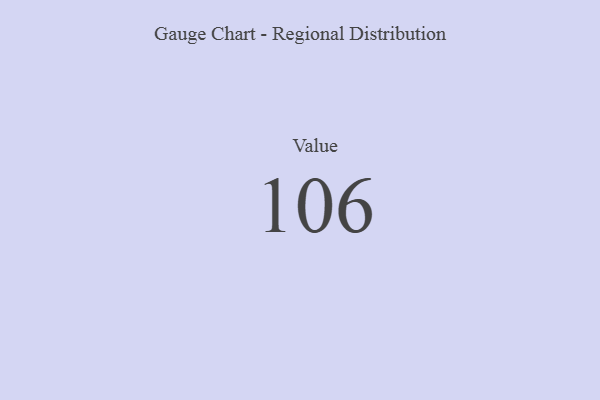
{"axis": {"x": "Metric", "y": "Value"}, "legend": [""], "data": [{"x": "Value", "y": 106, "type": ""}]}